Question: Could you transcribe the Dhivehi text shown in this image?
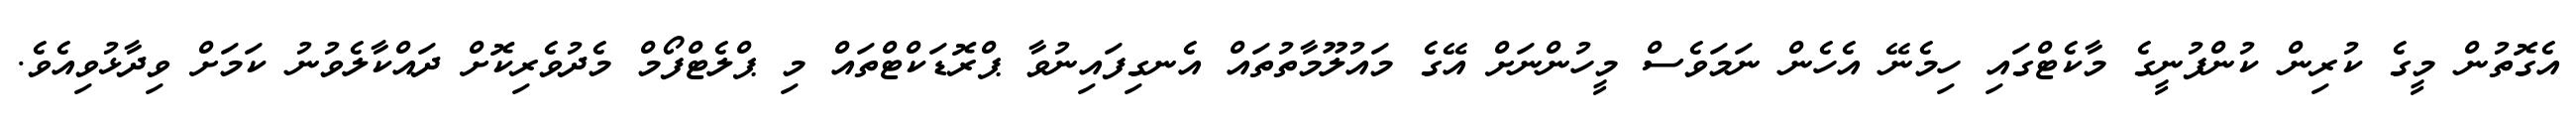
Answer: އެގޮތުން މީގެ ކުރިން ކުންފުނީގެ މާކެޓްގައި ހިމެނޭ އެހެން ނަމަވެސް މީހުންނަށް އޭގެ މައުލޫމާތުތައް އެނގިފައިނުވާ ޕްރޮޑަކްޓްތައް މި ޕްލެޓްފޯމް މެދުވެރިކޮށް ދައްކާލެވުނު ކަމަށް ވިދާޅުވިއެވެ.